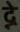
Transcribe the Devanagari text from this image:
द्ने